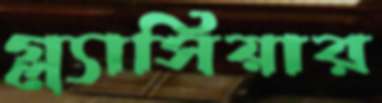
গ্ল্যাসিয়ার